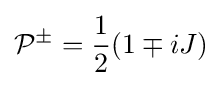
{\mathcal {P}}^{\pm }={1 \over 2}(1\mp iJ)